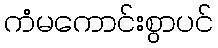
ကံမကောင်းစွာပင်